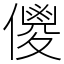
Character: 儍